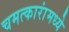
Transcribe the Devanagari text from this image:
चमत्कारांमध्ये